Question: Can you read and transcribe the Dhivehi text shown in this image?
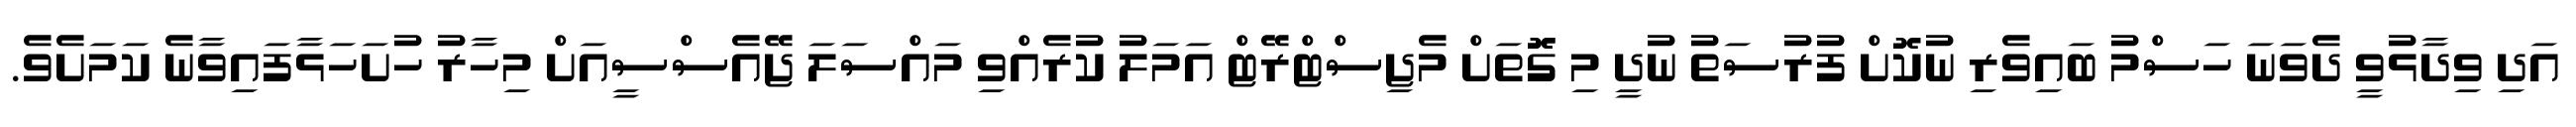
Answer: އަދި ވިދާޅުވީ ދެވަނަ ހަސްމު ބައިވެރި ނުކޮށް ފުރުސަތު ނުދީ މި ގޮޮތަށް މެޖިސްޓްރޭޓް އަމަލު ކުރެއްވި މައްސަލަ ޖޭއެސްސީއަށް މިހާރު ހުށަހަޅާފައިވާނެ ކަމަށެވެ.